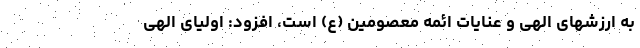
به ارزشهای الهی و عنایات ائمه معصومین (ع) است، افزود: اولیای الهی